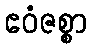
ဧဝံဇစ္စာ